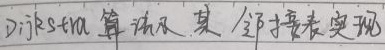
Dijkstra算法及其邻接表实现